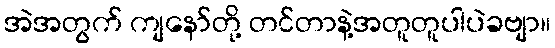
အဲအတွက် ကျနော်တို့ တင်တာနဲ့အတူတူပါပဲခဗျာ။